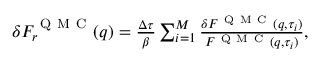
\begin{array} { r } { \delta F _ { r } ^ { \mathrm { ~ Q ~ M ~ C ~ } } ( q ) = \frac { \Delta \tau } { \beta } \sum _ { i = 1 } ^ { M } \frac { \delta F ^ { \mathrm { ~ Q ~ M ~ C ~ } } ( q , \tau _ { i } ) } { F ^ { \mathrm { ~ Q ~ M ~ C ~ } } ( q , \tau _ { i } ) } , } \end{array}